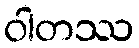
ဝါတဿ